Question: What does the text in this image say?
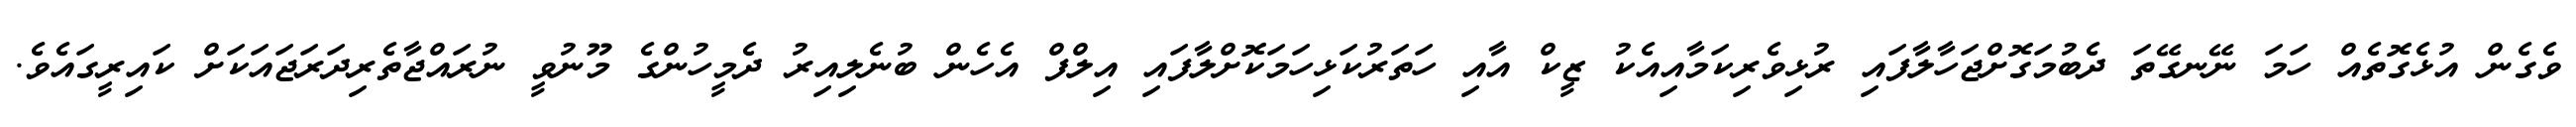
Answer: ވެގެން އުޅެގޮތެއް ހަމަ ނޭނގޭތަ ދެބުމަގޮށްޖަހާލާފައި ރުޅިވެރިކަމާއިއެކު ޒީކް އާއި ހަތަރުކަޅިހަމަކޮށްލާފައި އިލްފް އެހެން ބުނެލިއިރު ދެމީހުންގެ މޫނުވީ ނުރައްޖާތެރިދަރަޖައަކަށް ކައިރީގައެވެ.